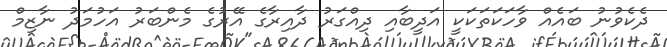
ދެކެވުނު ބައެއް ވާހަކަތަކަކީ އަދީބާއި ދިއްގަރު ދާއިރާގެ އޭރުގެ މެންބަރު އަހުމަދު ނާޒިމް